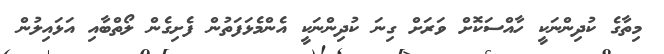
މިތާގެ ކުދިންނަކީ ހާއްސަކޮށް ވަރަށް ގިނަ ކުދިންނަކީ އެންމެޅަފަތުން ފެށިގެން ލޯތްބާއި އަޅައިލުން